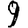
Digit: 9